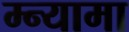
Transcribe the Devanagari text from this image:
म्न्यामा